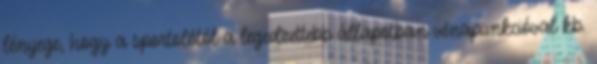
lényege, hogy a sportolótól a legedzettebb állapotban vénapunkcióval kb.